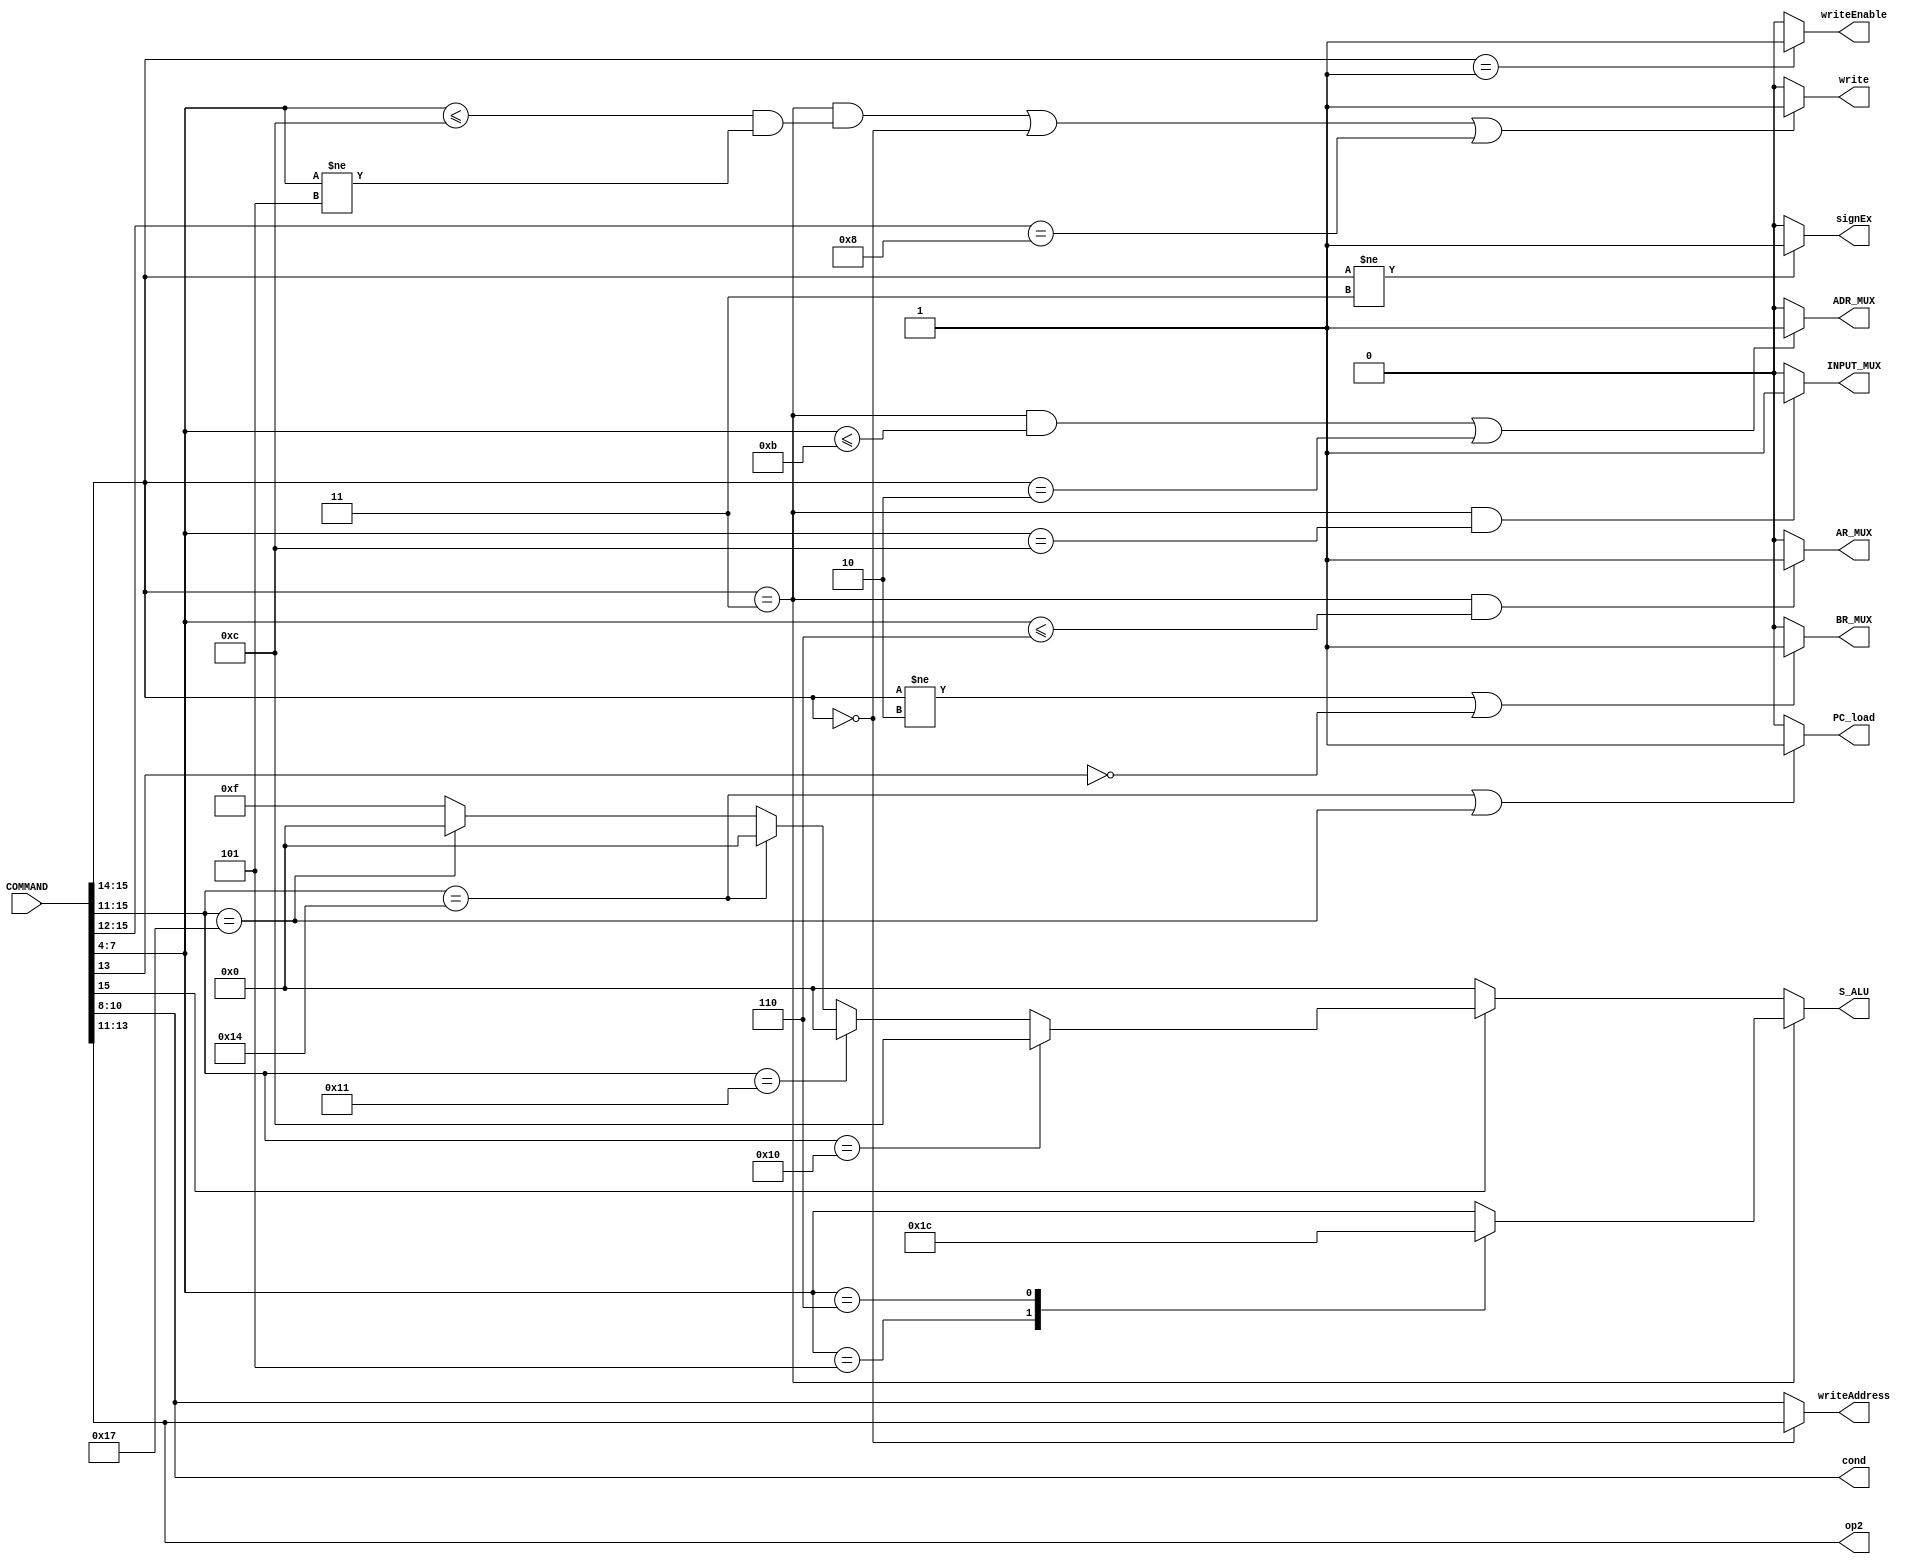
module DecodeUnit(
   input [15:0] COMMAND,
   output 	signEx,
   output 	AR_MUX, BR_MUX,
   output [3:0] S_ALU,
   output 	INPUT_MUX, writeEnable,
   output [2:0] writeAddress,
   output 	ADR_MUX, write, PC_load,
   output [2:0] cond, op2
);

   reg [3:0] 	Select_ALU;
   reg [2:0] 	condition;
   reg [2:0] 	opera2;
   localparam 	IADD = 4'b0000;
   localparam 	ISUB = 4'b0001;
   localparam 	IAND = 4'b0010;
   localparam 	IOR = 4'b0011;
   localparam 	IXOR = 4'b0100;
   localparam 	ISLL = 4'b1000;
   localparam 	ISLR = 4'b1001;
   localparam 	ISRL = 4'b1010;
   localparam 	ISRA = 4'b1011;
   localparam 	IIDT = 4'b1100;
   localparam 	INON = 4'b1111;

   reg [2:0] 	wrAdr; 	
   reg 		wr, pcl, in, adr, ar, br, se, wren;


   //wrAdr
   always @ (COMMAND) begin
     if (COMMAND[15:14] == 2'b00)
       wrAdr <= COMMAND[13:11];
     else
       wrAdr <= COMMAND[10:8];
   end
   
   //cond
   always @ (COMMAND) begin
      condition <= COMMAND[10:8];
   end

   //op2
   always @ (COMMAND) begin
      opera2 <= COMMAND[13:11];
   end
   
   //wren
   always @ (COMMAND) begin
      if (COMMAND[15:14] == 2'b01)
	wren <= 1;
      else
	wren <= 0;
   end
     
   //signEx
   always @ (COMMAND) begin
      if (COMMAND[15:14] != 2'b11)
	se <= 1;
      else
	se <= 0;
   end   

   //write
   always @ (COMMAND) begin
      if ((COMMAND[15:14] == 2'b11 && (COMMAND[7:4] <= 4'b1100 && COMMAND[7:4] != 4'b0101)) ||
	  COMMAND[15:14] == 2'b00 ||
	  COMMAND[15:12] == 5'b1000)
	wr <= 1;
      else
	wr <=0;
   end

   //PC_load
   always @ (COMMAND) begin
      if (COMMAND[15:11] == 5'b10100 || COMMAND[15:11] == 5'b10111)
	pcl <= 1;
      else
	pcl <= 0;
   end

   //INPUT_MUX
   always @ (COMMAND) begin
      if (COMMAND[15:14] == 2'b11 && COMMAND[7:4] == 4'b1100)
	in <= 1;
      else
	in <= 0;
   end

   //ADR_MUX
   always @ (COMMAND) begin
      if ((COMMAND[15:14] == 2'b11 && COMMAND[7:4] <= 4'b1011) ||COMMAND[15:14] == 2'b10)
	adr <= 1;
      else
	adr <= 0;
   end

   //BR_MUX
   always @ (COMMAND) begin
      if (COMMAND[15:14] != 2'b10 || COMMAND[13] != 1'b1)
	br <= 1;
      else
	br <= 0;
   end

   //AR_MUX
   always @ (COMMAND) begin
      if (COMMAND[15:14] == 2'b11 && COMMAND[7:4] <= 4'b0110)
	ar <= 1;
      else
	ar <= 0;
   end
   
   //
   always @ (COMMAND) begin
      if (COMMAND[15:14] == 2'b11)//
	case (COMMAND[7:4])
	  4'b0101 : Select_ALU <= ISUB;//CMP
	  4'b0110 : Select_ALU <= IIDT;//MOV
	  default : Select_ALU <= COMMAND[7:4];
	endcase // case (COMMAND[7:4])
      else if (COMMAND[15] == 1'b0)//LD, ST
	Select_ALU <= IADD;
      else if (COMMAND[15:11] == 5'b10000)//LI
	Select_ALU <= IIDT;
      else if (COMMAND[15:11] == 5'b10001)//ADDI
	Select_ALU <= IADD;
      else if (COMMAND[15:11] == 5'b10100)//
	Select_ALU <= IADD;
      else if (COMMAND[15:11] == 5'b10111)//
	Select_ALU <= IADD;
      else//
	Select_ALU <= INON;
   end

   assign op2 = opera2;
   assign writeAddress = wrAdr;
   assign S_ALU = Select_ALU;
   assign cond = condition;
   assign AR_MUX = ar;
   assign BR_MUX = br;
   assign write = wr;
   assign PC_load = pcl;
   assign INPUT_MUX = in;
   assign ADR_MUX = adr;
   assign signEx = se;
   assign writeEnable = wren;   
   
endmodule // DecodeUnit